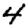
Digit: 4